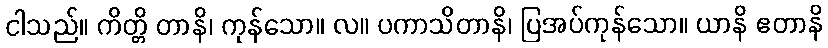
ငါသည်။ ကိတ္တိ တာနိ၊ ကုန်သော။ လ။ ပကာသိတာနိ၊ ပြအပ်ကုန်သော။ ယာနိ ဧတာနိ